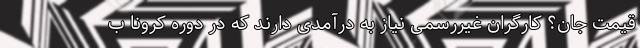
قیمت جان؟ کارگران غیررسمی نیاز به درآمدی دارند که در دوره کرونا ب